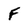
Character: F